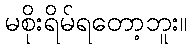
မစိုးရိမ်ရတော့ဘူး။